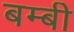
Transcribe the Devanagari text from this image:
बम्बी